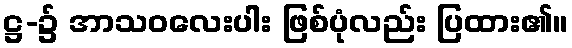
ဋ္ဌ-၌ အာသဝလေးပါး ဖြစ်ပုံလည်း ပြထား၏။